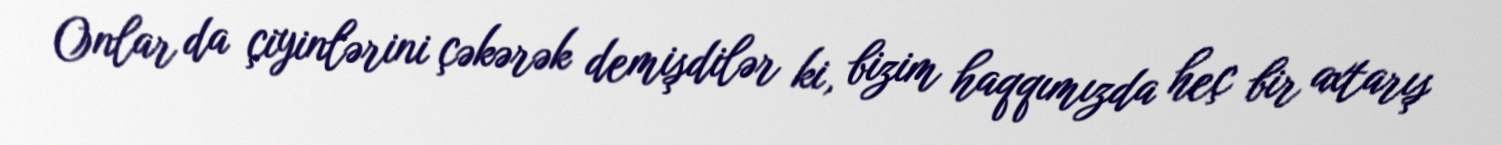
Onlar da çiyinlərini çəkərək demişdilər ki, bizim haqqımızda heç bir axtarış